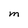
Character: M